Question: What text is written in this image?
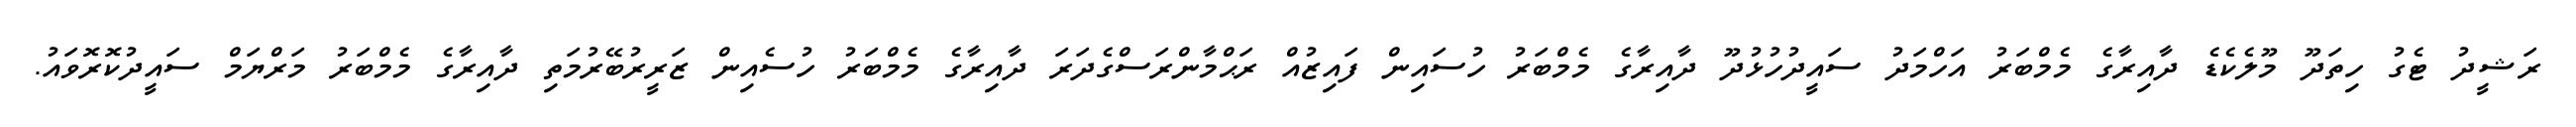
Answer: ރަޝީދު ޓެގު ހިތަދޫ މޫލެކެޑެ ދާއިރާގެ މެމްބަރު އަހްމަދު ސައީދުހުޅުދޫ ދާއިރާގެ މެމްބަރު ހުސައިން ފައިޒުއް ރަޙްމާންރަސްގެދަރަ ދާއިރާގެ މެމްބަރު ހުސެއިން ޒަރީރުބޭރުމަތި ދާއިރާގެ މެމްބަރު މަރްޔަމް ސައީދުކޮރޮވައު.